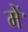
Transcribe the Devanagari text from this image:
मेंॱ